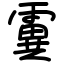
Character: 霬